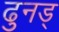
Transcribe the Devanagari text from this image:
ढुनड्